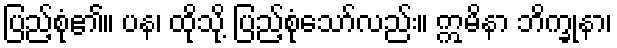
ပြည့်စုံ၏။ ပန၊ ထိုသို့ ပြည့်စုံသော်လည်း။ ဣမိနာ ဘိက္ခုနာ၊